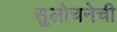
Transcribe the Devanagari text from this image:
सुलोचनेची